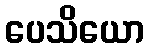
ပေသိယော